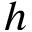
h